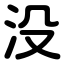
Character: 没